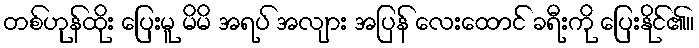
တစ်ဟုန်ထိုး ပြေးမူ မိမိ အရပ် အလျား အပြန် လေးထောင် ခရီးကို ပြေးနိုင်၏။